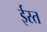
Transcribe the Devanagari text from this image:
ईस्त